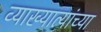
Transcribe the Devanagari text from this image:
व्याख्यात्यांच्या